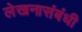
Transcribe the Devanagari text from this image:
लेखनासंबंधी